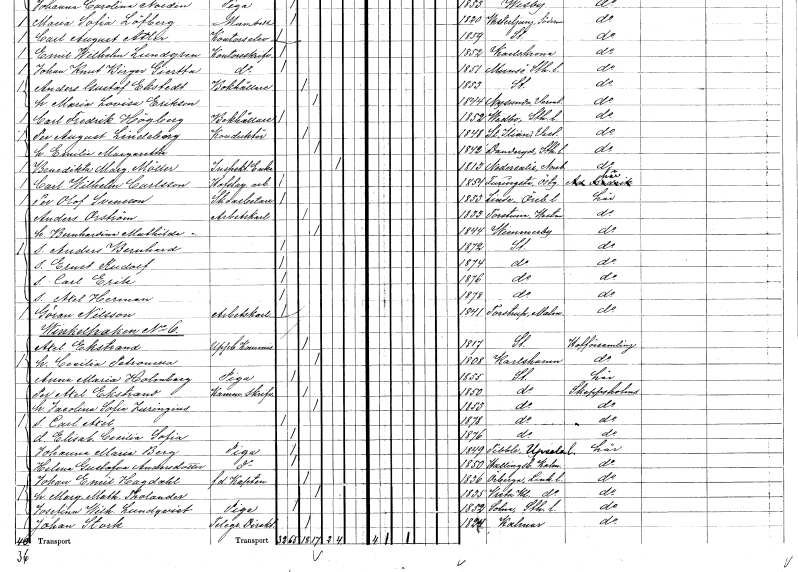
gt_parse: households: individuals: FN: Per Olof
EN: Svensson
YRKE: Skoarbetare
KON: M
CIV: O
FODAR: 1853
FODFORS: Linde bergsförsamling Örebro län
FN: Anders
EN: Orström
YRKE: Arbetskarl
KON: M
CIV: G
FODAR: 1833
FODFORS: Torstuna Uppsala län
FN: Bernhardina Mathilda
KON: K
CIV: G
FODAR: 1844
FODFORS: Vimmerby Kalmar län
FN: Anders Bernhard
KON: M
CIV: O
FODAR: 1872
FODFORS: Stockholm
FN: Ernst Rudolf
KON: M
CIV: O
FODAR: 1874
FODFORS: Stockholm
FN: Carl Erik
KON: M
CIV: O
FODAR: 1876
FODFORS: Stockholm
FN: Axel Herman
KON: M
CIV: O
FODAR: 1878
FODFORS: Stockholm
FN: Göran
EN: Nilsson
YRKE: Arbetskarl
KON: M
CIV: O
FODAR: 1841
FODFORS: Tosterup Kristianstads län
FN: Axel
EN: Ekstrand
YRKE: Uppbördskommissarie
KON: M
CIV: G
FODAR: 1817
FODFORS: Stockholm
FN: Cecilia Petronella
KON: K
CIV: G
FODAR: 1808
FODFORS: Karlshamn Blekinge län
FN: Anna Maria
EN: Holmberg
YRKE: Piga
KON: K
CIV: O
FODAR: 1855
FODFORS: Stockholm
FN: Per Axel
EN: Ekstrand
YRKE: Kammarskrivare
KON: M
CIV: G
FODAR: 1850
FODFORS: Stockholm
FN: Jacolina Sofia
EN: Juringius
KON: K
CIV: G
FODAR: 1853
FODFORS: Stockholm
FN: Carl Axel
KON: M
CIV: O
FODAR: 1878
FODFORS: Stockholm
FN: Elisabet Cecilia Sofia
KON: K
CIV: O
FODAR: 1876
FODFORS: Stockholm
FN: Johanna Maria
EN: Berg
YRKE: Piga
KON: K
CIV: O
FODAR: 1849
FODFORS: Tibble Uppsala län
FN: Helena Gustafva
EN: Andersdotter
YRKE: Piga
KON: K
CIV: O
FODAR: 1850
FODFORS: Hallingeberg Kalmar län
FN: Johan Emil
EN: Hagdahl
YRKE: Kapten f.d.
KON: M
CIV: G
FODAR: 1836
FODFORS: Örberga Östergötlands län
FN: Margareta Mathilda
EN: Tholander
KON: K
CIV: G
FODAR: 1835
FODFORS: Vreta kloster Östergötlands län
FN: Josefina Wilhelmina
EN: Lundqvist
YRKE: Piga
KON: K
CIV: O
FODAR: 1852
FODFORS: Solna Stockholms län
FN: Johan
EN: Stork
YRKE: Telegrafdirektör
KON: M
CIV: G
FODAR: 1824
FODFORS: Kalmar Kalmar län